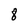
Character: 8